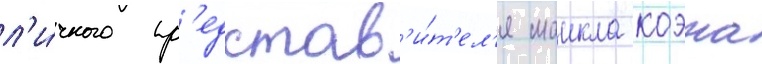
л'и́чного пр'едстав'и́т'ел'я маикла коэна